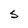
Character: S